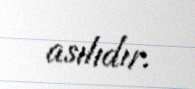
asılıdır.